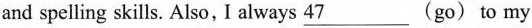
and spelling skills. Also, I always 47___ (go)to my